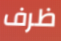
ظرف